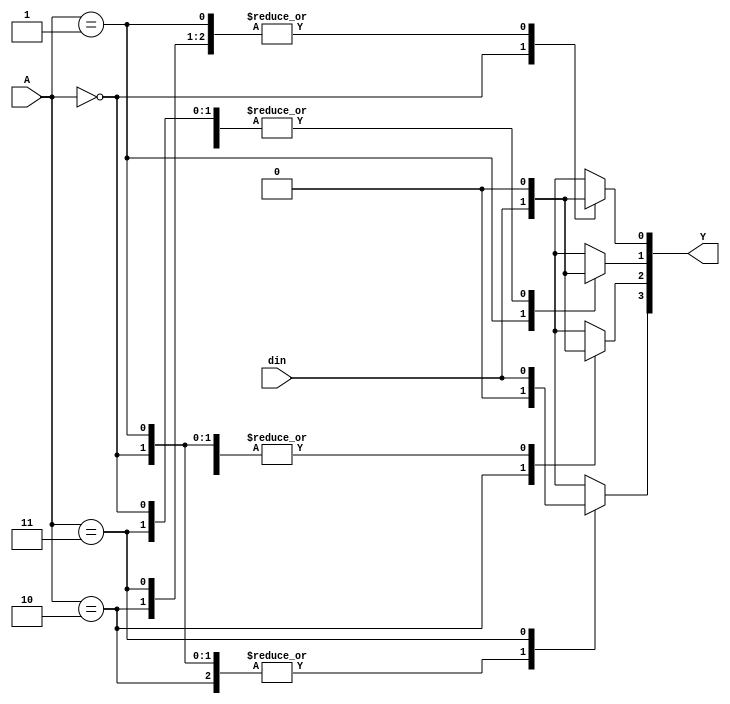
module demux4 (
output reg [3:0] Y, 
input      [1:0] A, 
input            din
);
 always @(*) begin
         Y[3:0] = 4'b0000; // To prevent Latch.
    case (A)
         2'b00 :begin 
						Y[0] = din; 
						Y[1] = 1'b0;
						Y[2] = 1'b0;
						Y[3] = 1'b0;
					 end
                 
         2'b01 :begin 
						Y[0] = 1'b0; 
						Y[1] = din;
						Y[2] = 1'b0;
						Y[3] = 1'b0;
					 end 
                 
         2'b10 : begin 
						Y[0] = 1'b0; 
						Y[1] = 1'b0;
						Y[2] = din;
						Y[3] = 1'b0;
					 end 
         2'b11 : begin 
						Y[0] = 1'b0; 
						Y[1] = 1'b0;
						Y[2] = 1'b0;
						Y[3] = din;
					 end 
                 
    endcase  
 end
 
endmodule